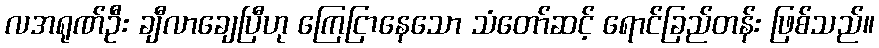
လအရုဏ်ဦး ချီလာချေပြီဟု ကြေငြာနေသော သံတော်ဆင့် ရောင်ခြည်တန်း ဖြစ်သည်။